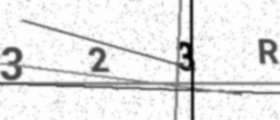
Text: 323R